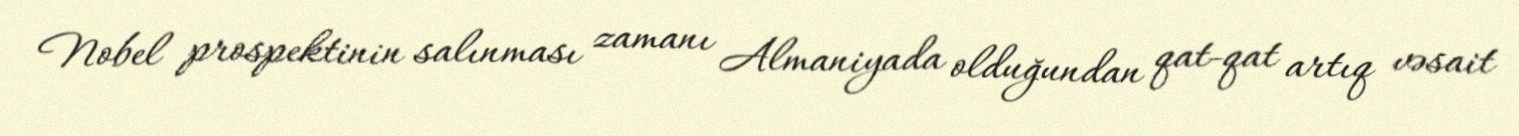
Nobel prospektinin salınması zamanı Almaniyada olduğundan qat-qat artıq vəsait